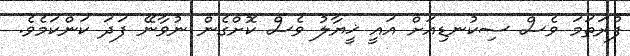
ފުރަތަމަ ވެސް ސިކުނޑިއަށް އައީ ޚީޔާލު ވެސް ކޮށްގެން ނުވާނޭ ފަދަ ކަންކަމެވެ.